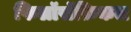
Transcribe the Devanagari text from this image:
फिलॉसॅफ़िकल